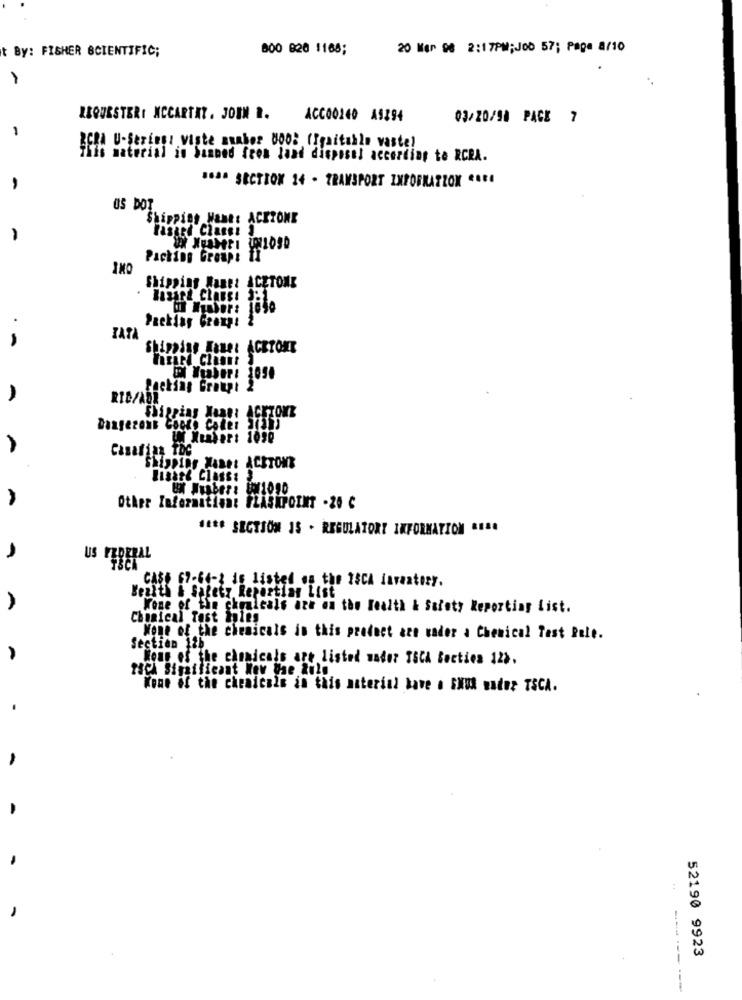
t By: FISHER SCIENTIFIC;
800 820 1168;
20 Mar De 2:17PM;J00 57; Page 8/10
1
ZEQUESTER: MCCARTHY. JOHN B.
ACC00140 A9394
03/20/98 PACE 7
BCRA U-Sering: Viste number 800: (Igaitahle vaste!
This material in Sanbed fron land disposal according to RCRA.
-
16ªª SECTION 14 - TRANSPORT IXPORNAZZOK CREA
US DOT
Shipping Nant: ACETONE
-
Packing Group: If""
Shipping Name: ACETONE
Paekiay Czexpt
IAN
Shining Manet ACETONE
Packing Groupi 2
RIC/ABR
Shipping Maan: ACETONE
Dangerous Goods Coder
UN Xunter: 1020
A
Casafian TDC
Shipping Mane: ACETONE
lisant Class: 2
BX1090
Other Infermitient FLASHPOINT - 20 C
1 .** SECTION 15 - REGULATORY INFORMATION ....
US FEDERAL
CASE 67-64-1 is listed on the 15CA inventory.
Health & Safety Repartian List
A
Wone of the chmaleals are on the Health & Safety Reporting List.
Chemical Test tules
None of the chemicals in this product are vader a Chemical Test Pole.
Section 126
Wong of the chemicals are listed wader ISCA Section 12>.
rach Significant New gae aule
Yone of the chemicals in this material have a GNER water TSCA.
:
52190 9923
----------